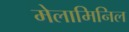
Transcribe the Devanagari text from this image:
मेलामिनिल